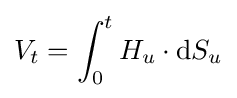
V_{t}=\int _{0}^{t}H_{u}\cdot \mathrm {d} S_{u}